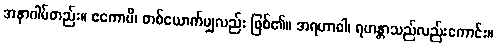
အနာဂါမ်တည်း။ ဧကောပိ၊ တစ်ယောက်မျှလည်း ဖြစ်၏။ အရဟာဝါ၊ ရဟန္တာသည်လည်းကောင်း။